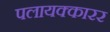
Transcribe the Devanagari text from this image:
पलायक्कारर